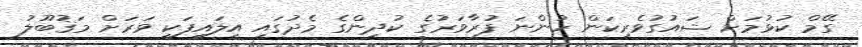
ގޭމް ކުޅުމަށް ޝައުގުވެރިކަން ހުންނަ ފުރާވަރުގެ ކުދިންގެ މެދުގައި އީލައިފަކީ ވަރަށް މަޤުބޫލު